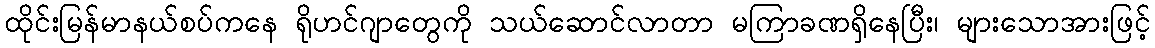
ထိုင်းမြန်မာနယ်စပ်ကနေ ရိုဟင်ဂျာတွေကို သယ်ဆောင်လာတာ မကြာခဏရှိနေပြီး၊ များသောအားဖြင့်